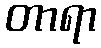
တာရာ